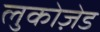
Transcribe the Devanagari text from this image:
लुकोज़ेड